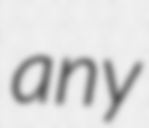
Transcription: any